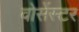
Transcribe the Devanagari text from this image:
वोसेंस्टर